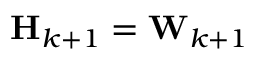
\mathbf { H } _ { k + 1 } = \mathbf { W } _ { k + 1 }